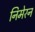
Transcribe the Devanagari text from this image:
निमेरन